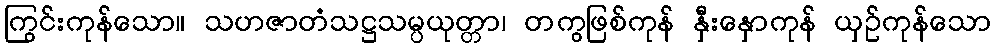
ကြွင်းကုန်သော။ သဟဇာတံသဋ္ဌသမ္ပယုတ္တာ၊ တကွဖြစ်ကုန် နှီးနှောကုန် ယှဉ်ကုန်သော